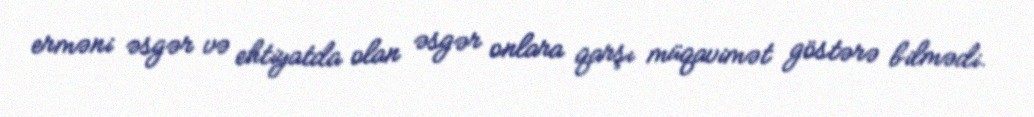
erməni əsgər və ehtiyatda olan əsgər onlara qarşı müqavimət göstərə bilmədi.